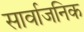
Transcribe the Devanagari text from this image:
सार्वाजनिक